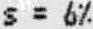
S = 6%